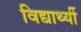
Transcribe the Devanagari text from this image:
विद्यार्थ्यी